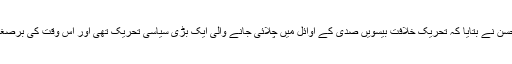
پی آئی آئی اے کی ڈائریکٹر ڈاکٹر معصومہ حسن نے بتایا کہ تحریکِ خلافت بیسویں صدی کے اوائل میں چلائی جانے والی ایک بڑی سیاسی تحریک تھی اور اُس وقت کی برصغیر کی سیاست سے بہت حد تک ہم آہنگ تھی۔